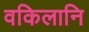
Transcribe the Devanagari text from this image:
वकिलानि